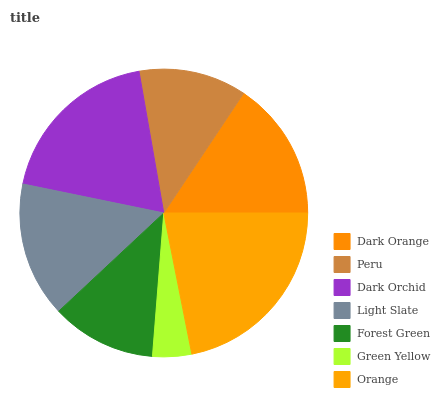
| Dark Orange | Peru | Dark Orchid | Light Slate | Forest Green | Green Yellow | Orange |
 | --- | --- | --- | --- | --- | --- | --- |
 | 15.6% | 12.1% | 19.1% | 15.2% | 11.8% | 4.38% | 21.8% |